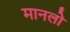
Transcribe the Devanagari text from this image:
मानलो